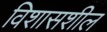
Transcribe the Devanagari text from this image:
विशासशील